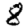
Digit: 8